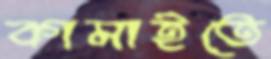
কামাইতে